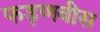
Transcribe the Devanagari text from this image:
फड़णवीस